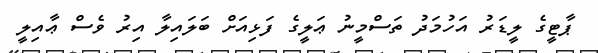
ޕާޓީގެ ލީޑަރު އަހުމަދު ތަސްމީނު ޢަލީގެ ފަޅިއަށް ބަލައިލާ އިރު ވެސް ޢާއިލީ